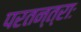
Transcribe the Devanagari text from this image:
परतन्त्राः